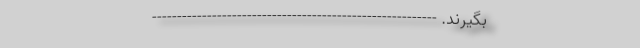
بگیرند. ---------------------------------------------------------